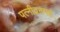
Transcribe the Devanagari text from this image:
पत्नीव्रतमहं